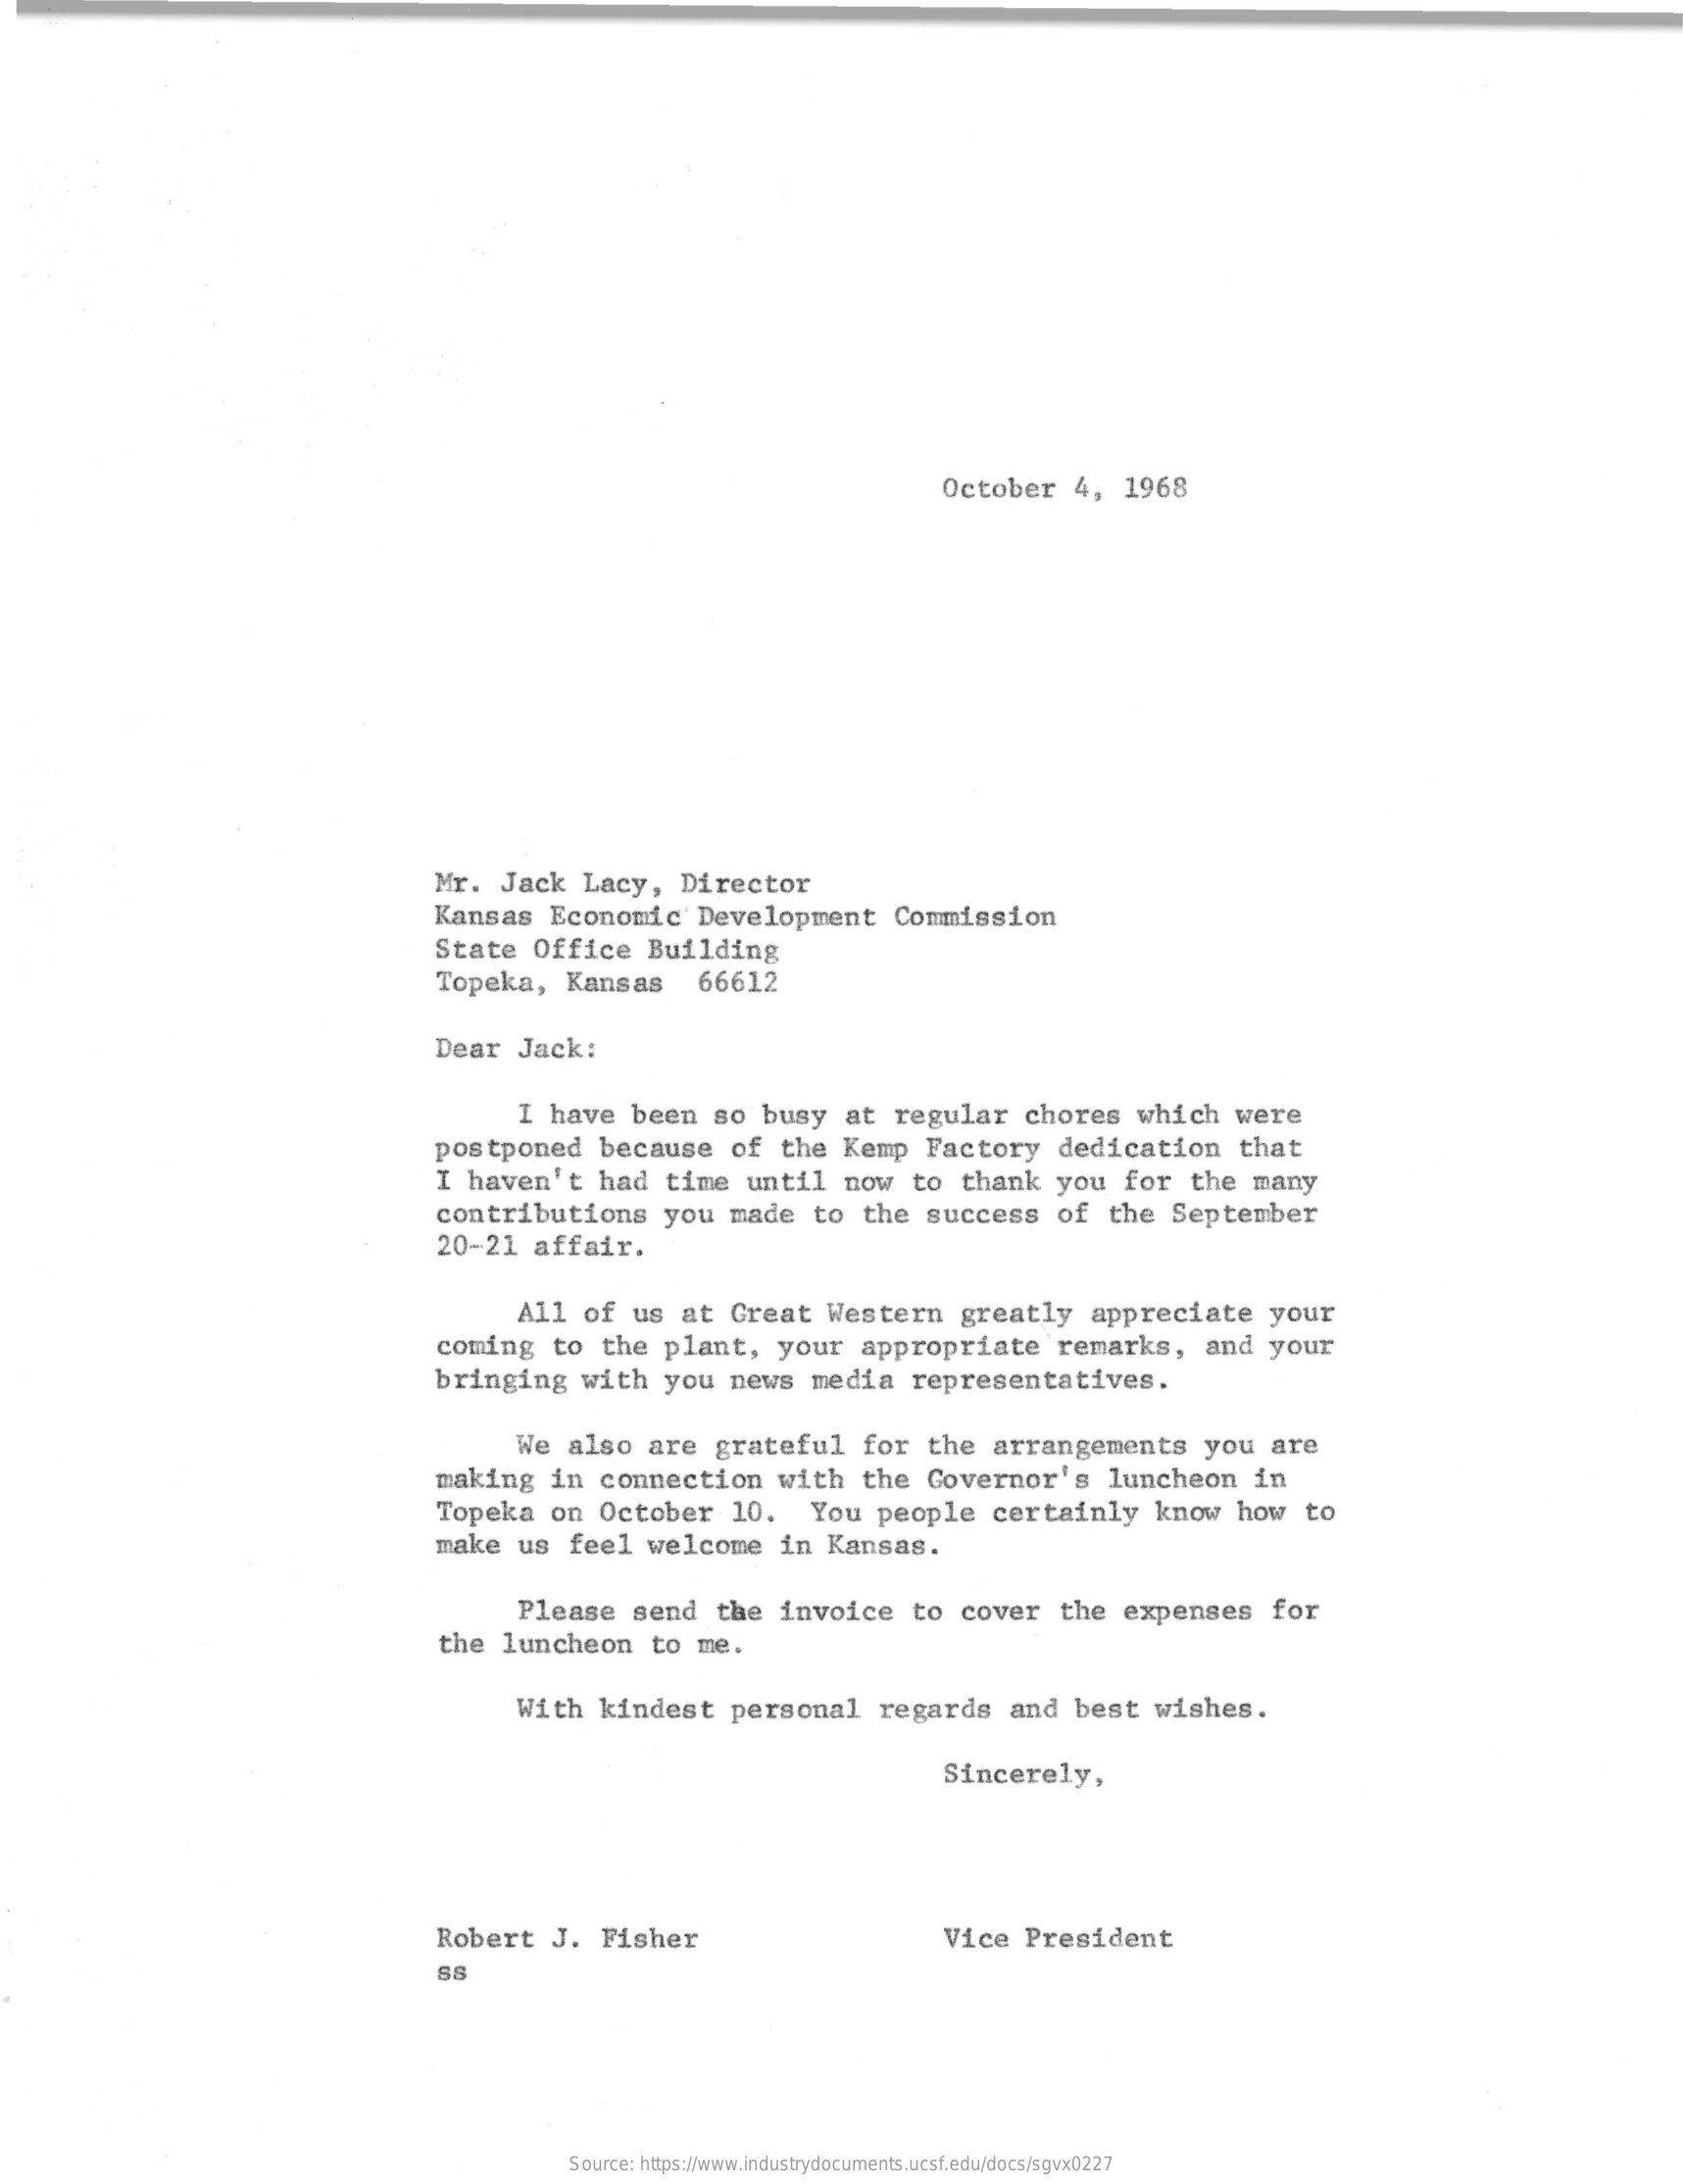
October    4,    1968
     Mr.    Jack    Lacy,    Director
     Kansas    Economic    Development    Commission
     State    Office    Building
     Topeka,    Kansas    66612
     Dear    Jack:
     I have    been    so   busy    at    regular    chores    which    were
     postponed    because    of    the   Kemp    Factory    dedication    that
     I  haven't    had    time    until    now    to   thank    you    for    the    many
     contributions    you    made    to    the   success    of   the    September
     20-21    affair.
     All    of   us   at    Great    Western    greatly    appreciate    your
     coming    to   the    plant,    your    appropriate    remarks,    and    your
     bringing    with    you    news    media    representatives.
     We   also    are    grateful    for    the    arrangements    you    are
     making    in   connection    with    the    Governor's    luncheon    in
     Topeka    on    October    10.    You    people    certainly    know    how    to
     make    us   feel    welcome    in   Kansas.
     Please    send    the   invoice    to   cover    the    expenses    for
     the   luncheon    to   me.
     With    kindest    personal    regards    and   best    wishes.
     Sincerely,
     Robert    J.   Fisher    Vice    President
     SS
     Source: https://www.industrydocuments.ucsf.edu/docs/sgvx0227